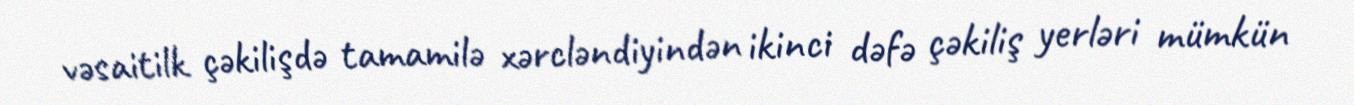
vəsaitilk çəkilişdə tamamilə xərcləndiyindən ikinci dəfə çəkiliş yerləri mümkün